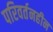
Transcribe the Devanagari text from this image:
परिवर्तनहीन